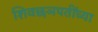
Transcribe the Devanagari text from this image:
शिवछञपतींच्या